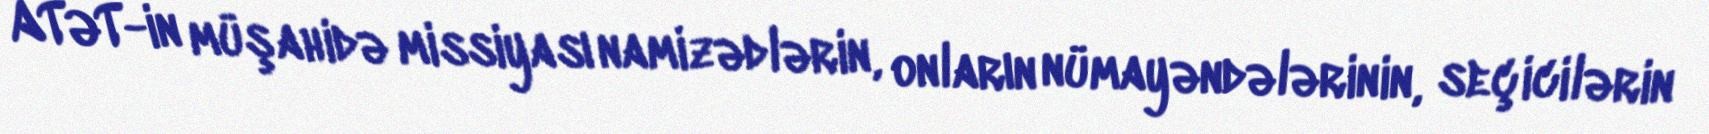
ATƏT-in müşahidə missiyası namizədlərin, onların nümayəndələrinin, seçicilərin